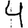
Digit: 4